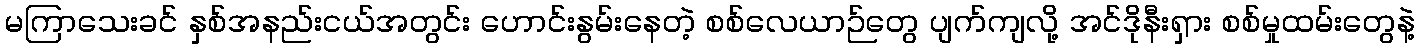
မကြာသေးခင် နှစ်အနည်းငယ်အတွင်း ဟောင်းနွမ်းနေတဲ့ စစ်လေယာဉ်တွေ ပျက်ကျလို့ အင်ဒိုနီးရှား စစ်မှုထမ်းတွေနဲ့